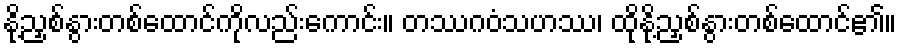
နို့ညှစ်နွားတစ်ထောင်ကိုလည်းကောင်း။ တဿဂဝံသဟဿ၊ ထိုနို့ညှစ်နွားတစ်ထောင်၏။